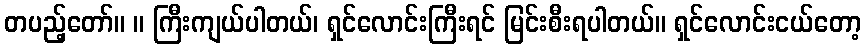
တပည့်တော်။ ။ ကြီးကျယ်ပါတယ်၊ ရှင်လောင်းကြီးရင် မြင်းစီးရပါတယ်။ ရှင်လောင်းငယ်တော့